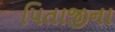
પિતાજીના